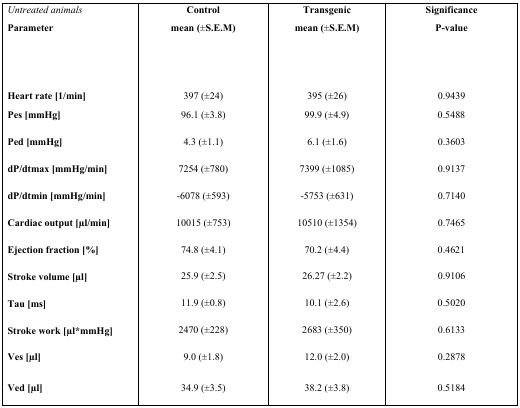
<table><thead><tr><td><b><i>Untreated animals</i></b></td><td><b>Control</b></td><td><b>Transgenic</b></td><td><b>Significance</b></td></tr><tr><td><b>Parameter</b></td><td><b>mean (±S.E.M)</b></td><td><b>mean (±S.E.M)</b></td><td><b>P-value</b></td></tr></thead><tbody><tr><td><b>Heart rate [1/min]</b></td><td>397 (±24)</td><td>395 (±26)</td><td>0.9439</td></tr><tr><td><b>Pes [mmHg]</b></td><td>96.1 (±3.8)</td><td>99.9 (±4.9)</td><td>0.5488</td></tr><tr><td><b>Ped [mmHg]</b></td><td>4.3 (±1.1)</td><td>6.1 (±1.6)</td><td>0.3603</td></tr><tr><td><b>dP/dtmax [mmHg/min]</b></td><td>7254 (±780)</td><td>7399 (±1085)</td><td>0.9137</td></tr><tr><td><b>dP/dtmin [mmHg/min]</b></td><td>-6078 (±593)</td><td>-5753 (±631)</td><td>0.7140</td></tr><tr><td><b>Cardiac output [μl/min]</b></td><td>10015 (±753)</td><td>10510 (±1354)</td><td>0.7465</td></tr><tr><td><b>Ejection fraction [%]</b></td><td>74.8 (±4.1)</td><td>70.2 (±4.4)</td><td>0.4621</td></tr><tr><td><b>Stroke volume [μl]</b></td><td>25.9 (±2.5)</td><td>26.27 (±2.2)</td><td>0.9106</td></tr><tr><td><b>Tau [ms]</b></td><td>11.9 (±0.8)</td><td>10.1 (±2.6)</td><td>0.5020</td></tr><tr><td><b>Stroke work [μl*mmHg]</b></td><td>2470 (±228)</td><td>2683 (±350)</td><td>0.6133</td></tr><tr><td><b>Ves [μl]</b></td><td>9.0 (±1.8)</td><td>12.0 (±2.0)</td><td>0.2878</td></tr><tr><td><b>Ved [μl]</b></td><td>34.9 (±3.5)</td><td>38.2 (±3.8)</td><td>0.5184</td></tr></tbody></table>